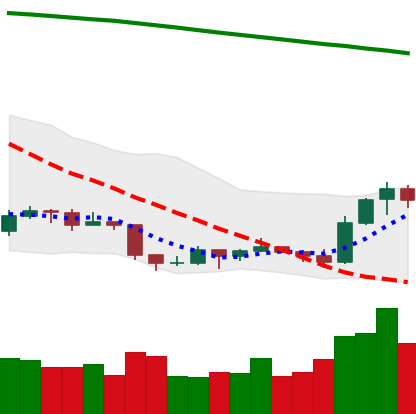
Ticker: EOS-USD
Chart end date: 2019-09-10
Forward return: 7.634%
Label: up_7plus